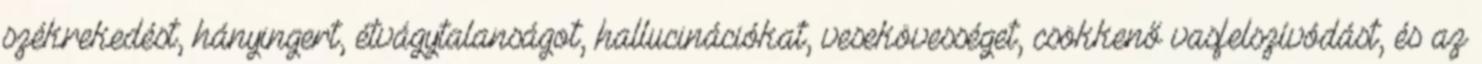
székrekedést, hányingert, étvágytalanságot, hallucinációkat, vesekövességet, csökkenő vasfelszívódást, és az